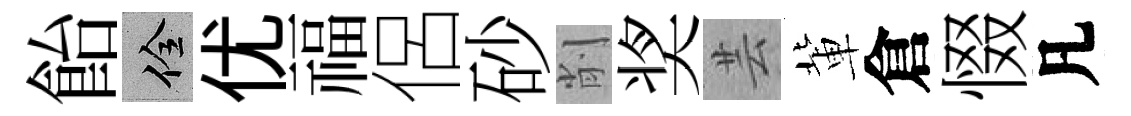
飴佺优福侶砂削奖芸軰倉惙凡